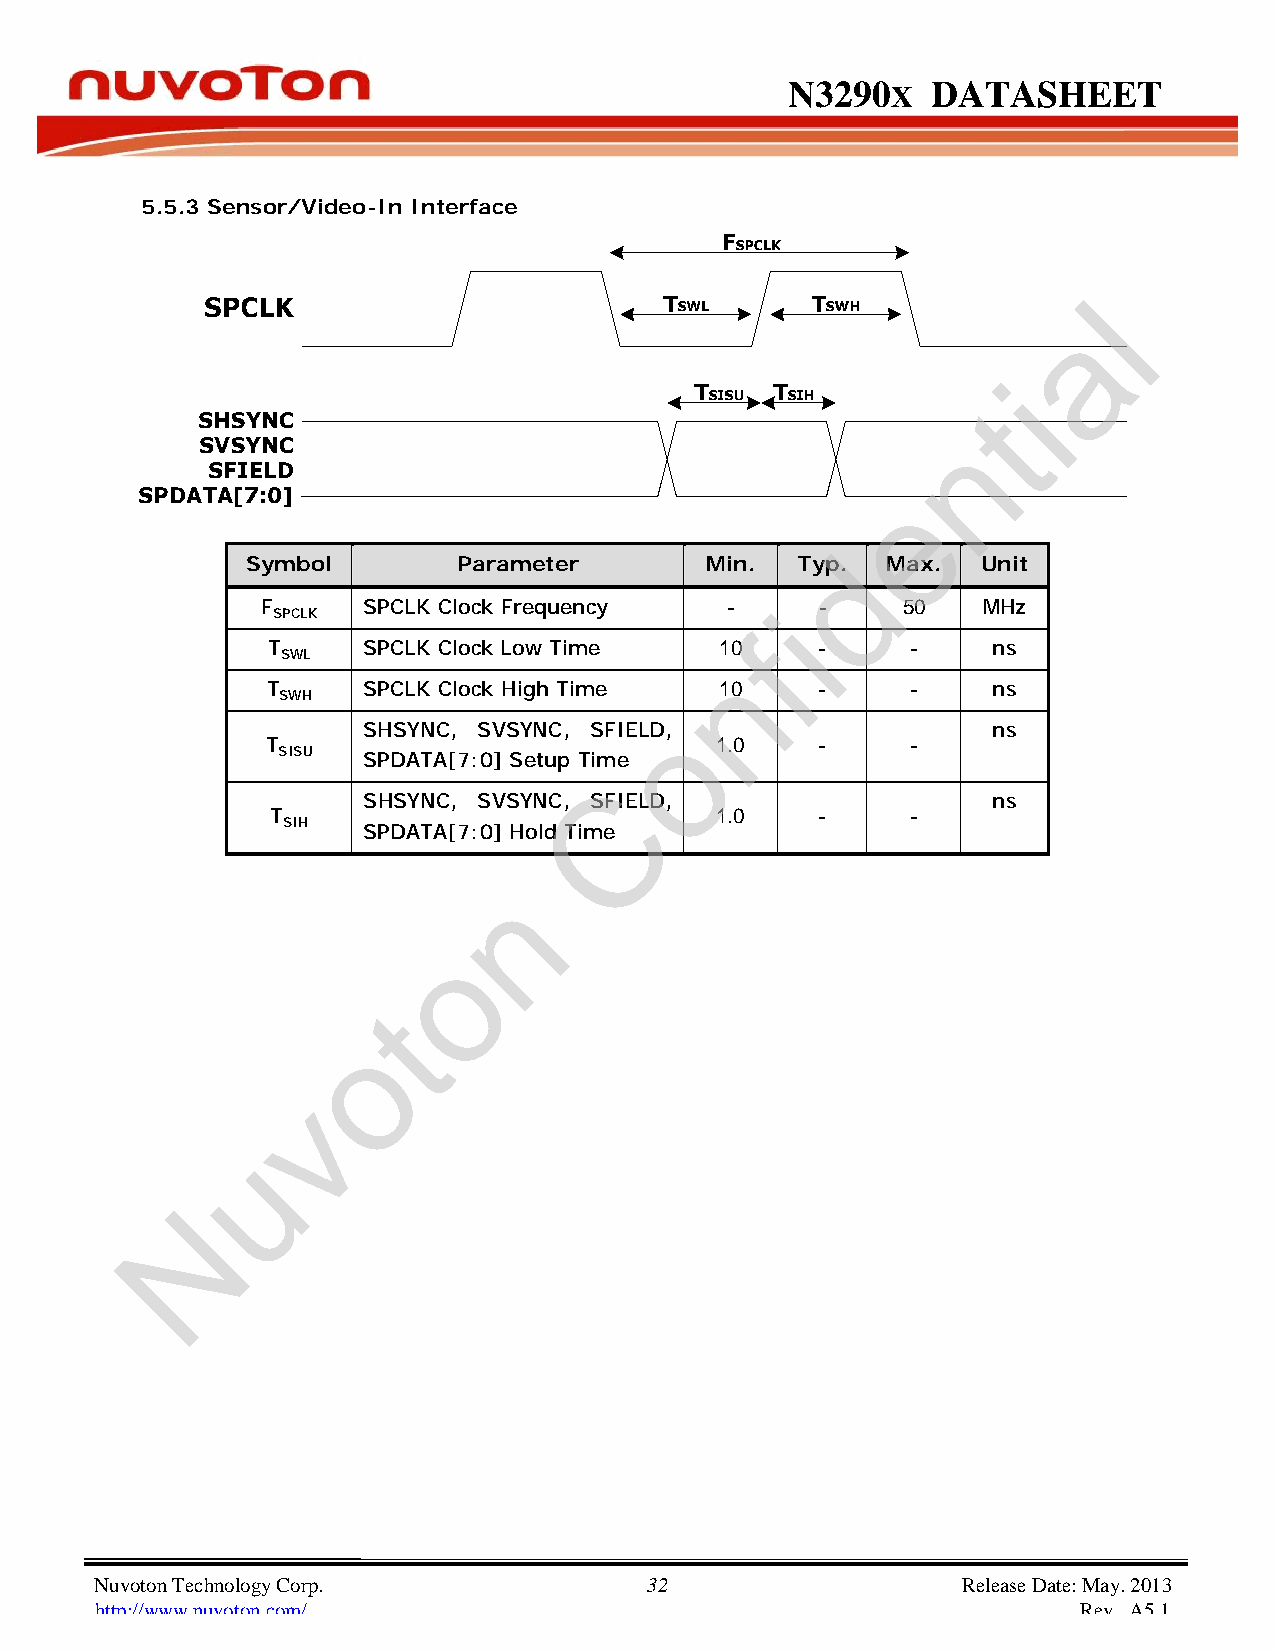
N3290      X DATASHEET
 5.5.3 Sensor/Video-In Interface
 l
 a
 i
 t
 n
 e
 d
 Symbol        Parameter        Min.  Typ.  Max.  Unit
 F   SPCLK Clock Frequency - -     i        50   MHz
 SPCLK
 f
 T  SPCLK Clock Low Time       10    - - ns
 SWL                         n
 T  SPCLK Clock High Time      10    - - ns
 SWH
 o
 SHSYNC, SVSYNC, SFIELD,                   ns
 T                            1.0    - -
 SISU  SPDATA[7:0] Setup Time
 C
 SHSYNC, SVSYNC, SFIELD,                   ns
 T                            1.0    - -
 SIH  SPDATA[7:0] Hold Time
 n
 o
 t
 o
 v
 u
 N
 Nuvoton Technology Corp. 32                               Release Date: May. 2013
 http://www.nuvoton.com/                                           Rev. A5.1